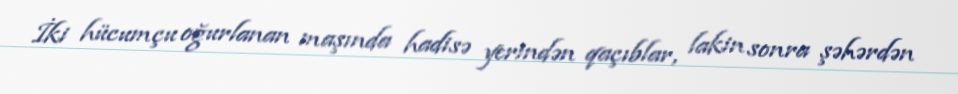
İki hücumçu oğurlanan maşında hadisə yerindən qaçıblar, lakin sonra şəhərdən